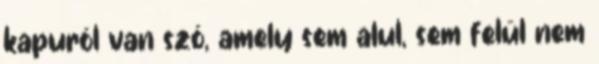
kapuról van szó, amely sem alul, sem felül nem